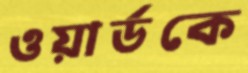
ওয়ার্ডকে